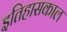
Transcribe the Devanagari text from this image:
इतिहासकाल